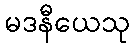
မဒနီယေသု